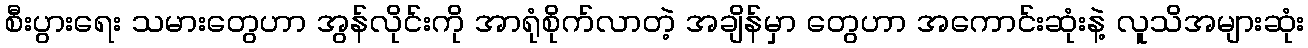
စီးပွားရေး သမားတွေဟာ အွန်လိုင်းကို အာရုံစိုက်လာတဲ့ အချိန်မှာ တွေဟာ အကောင်းဆုံးနဲ့ လူသိအများဆုံး